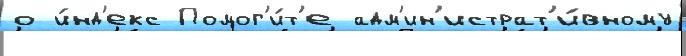
о и́нд'екс Помог'и́т'е адм'ин'истрат'и́вному